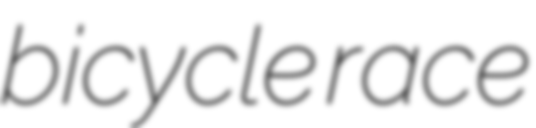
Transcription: bicycle race